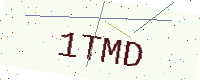
Text: 1TMD